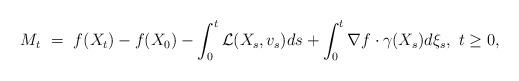
LaTeX: \begin{align*}M_t \ = \ f(X_t) - f(X_0) - \int^t_0 {\mathcal L} (X_s, v_s) ds + \int^t_0 \nabla f \cdot \gamma (X_s) d \xi_s, \ t \geq 0,\end{align*}